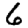
Digit: 6